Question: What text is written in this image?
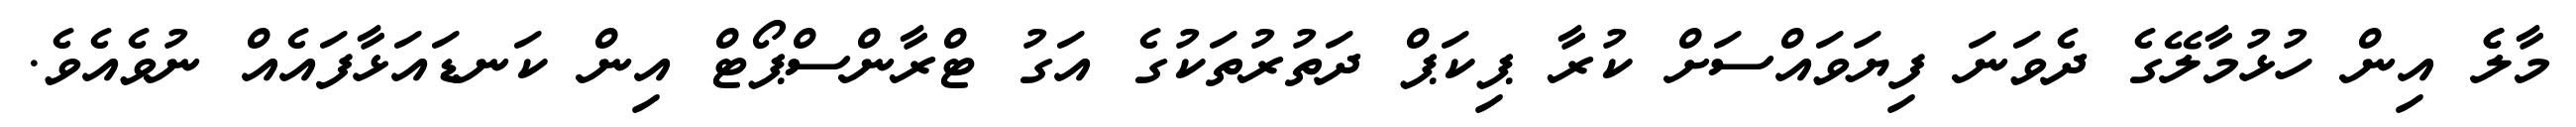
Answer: މާލެެ އިން ހުޅުމާލޭގެ ދެވަނަ ފިޔަވައްސަށް ކުރާ ޕިކަޕް ދަތުރުތަކުގެ އަގު ޓްރާންސްޕޯޓް އިން ކަނޑައަޅާފައެއް ނުވެއެވެ.